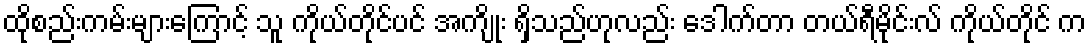
ထိုစည်းကမ်းများကြောင့် သူ ကိုယ်တိုင်ပင် အကျိုး ရှိသည်ဟုလည်း ဒေါက်တာ တယ်ရီမိုင်းလ် ကိုယ်တိုင် က